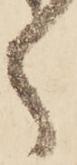
く